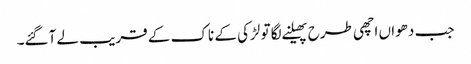
جب دھواں اچھی طرح پھیلنے لگا تو لڑکی کے ناک کے قریب لے آگئے۔